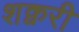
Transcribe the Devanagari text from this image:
शक्वरी